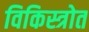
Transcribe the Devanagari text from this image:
विकिस्त्रोत